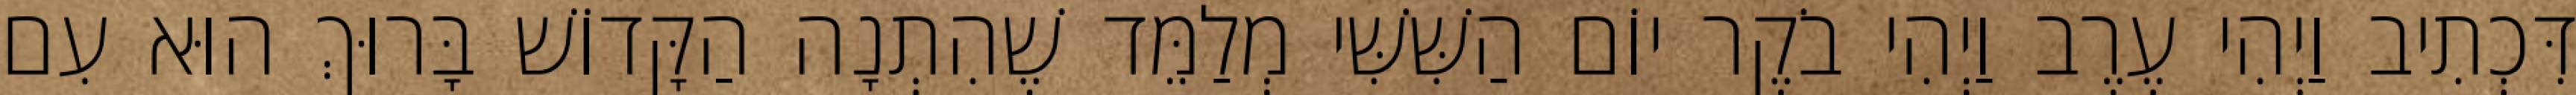
דִּכְתִיב וַיְהִי עֶרֶב וַיְהִי בֹקֶר יוֹם הַשִּׁשִּׁי מְלַמֵּד שֶׁהִתְנָה הַקָּדוֹשׁ בָּרוּךְ הוּא עִם